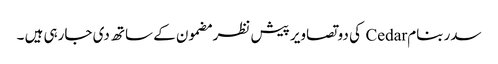
سدر بنام Cedar کی دو تصاویر پیش نظر مضمون کے ساتھ دی جارہی ہیں ۔